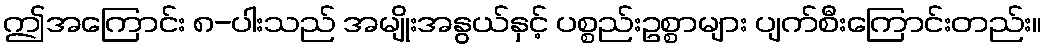
ဤအကြောင်း ၈-ပါးသည် အမျိုးအနွယ်နှင့် ပစ္စည်းဥစ္စာများ ပျက်စီးကြောင်းတည်း။